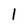
Character: l